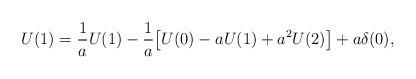
LaTeX: \begin{align*} U(1) = \frac{1}{a} U(1) - \frac{1}{a} \bigl[ U(0) - a U(1) + a^2 U(2) \bigr] + a \delta (0),\end{align*}